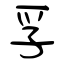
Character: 孚